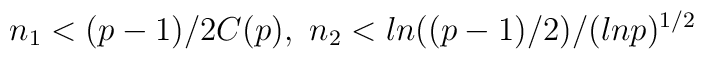
n_1<(p-1)/2C(p),\,\,n_2<ln((p-1)/2)/(lnp)^{1/2}